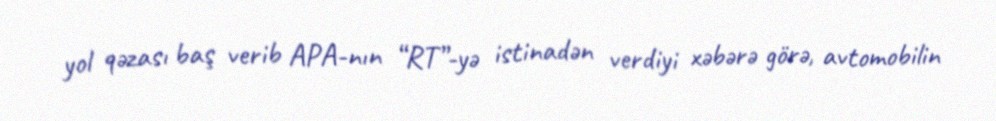
yol qəzası baş verib APA-nın “RT”-yə istinadən verdiyi xəbərə görə, avtomobilin